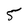
Character: 5